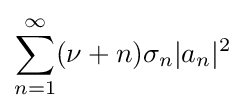
\sum _{n=1}^{\infty }(\nu +n)\sigma _{n}|a_{n}|^{2}